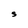
Character: S